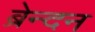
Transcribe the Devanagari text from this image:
ब्रेन्दन